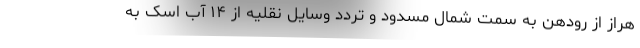
هراز از رودهن به سمت شمال مسدود و تردد وسایل نقلیه از ۱۴ آب اسک به